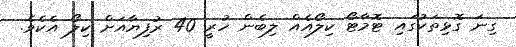
ގިނަ ގޮޅިތަކުގައި ޓޮމާޓޯ ކިލޯއެއް ލިބެން ހުރީ 40 ރުފިޔާއަށް ކިލޯ އެކެވެ.